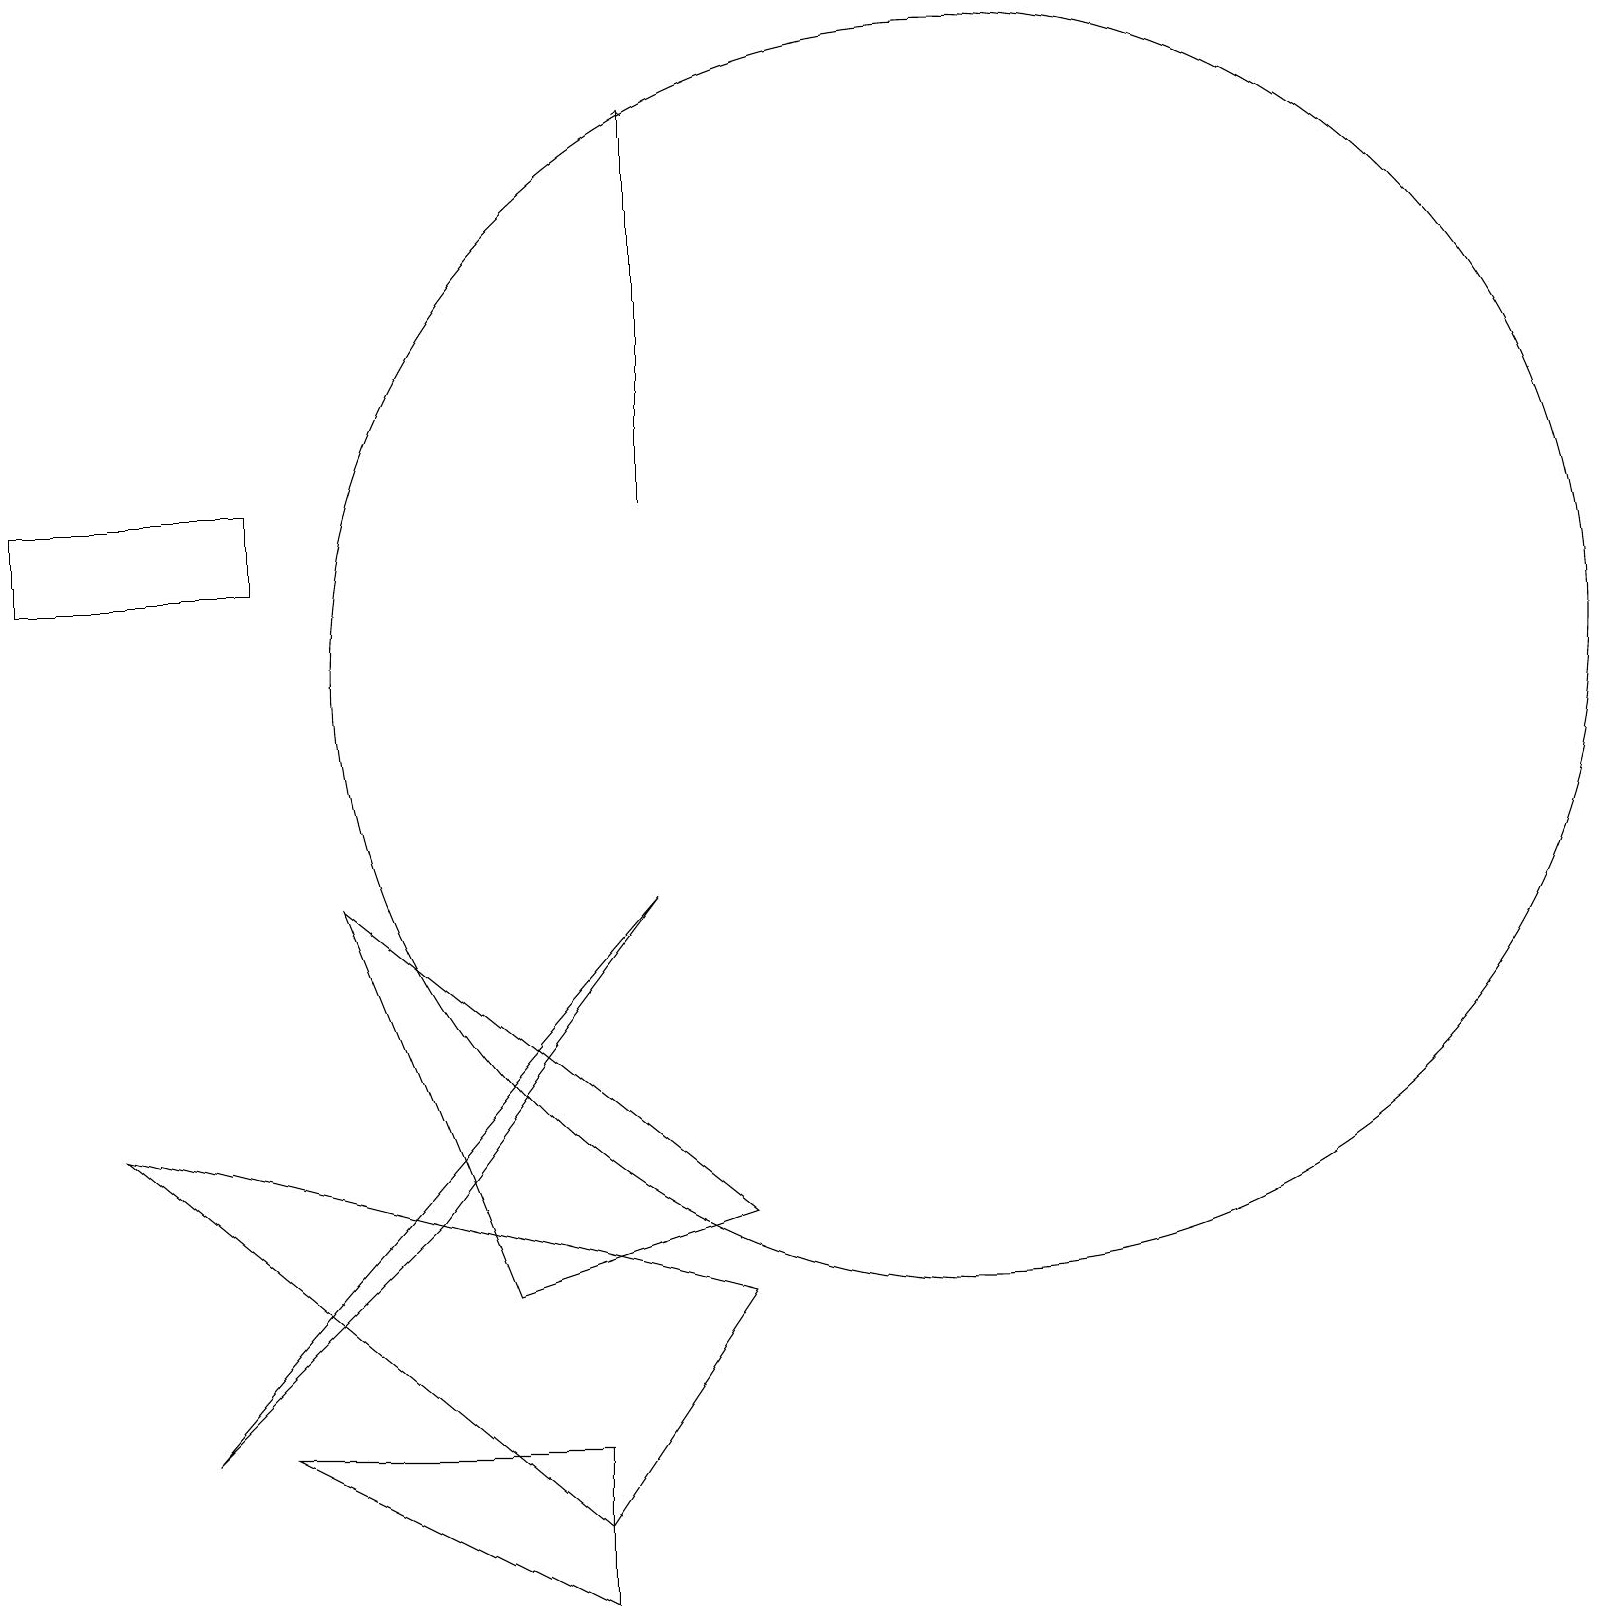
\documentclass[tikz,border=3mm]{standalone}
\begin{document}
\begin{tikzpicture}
\draw (11,12) circle (0);
\draw (7,1) -- (1,6) -- (9,4) -- cycle;
\draw (12,12) circle (8);
\draw[->] (8,14) -- (8,19);
\draw (0,14) rectangle (3,13);
\draw (4,9) -- (6,4) -- (9,5) -- cycle;
\draw (8,9) -- (2,2) -- (5,5) -- cycle;
\draw (3,2) -- (7,0) -- (7,2) -- cycle;
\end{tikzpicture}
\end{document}